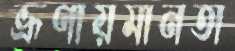
ভ্রূণায়মানতা